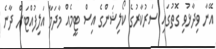
އޭނާ ވިދާޅުވި ގޮތުގައި ސަރުކާރުގެ ކޯލިޝަންގެ އިސް ޓީމެއް މާދަމާ އަލިފުއްޓަށް ދާނެ